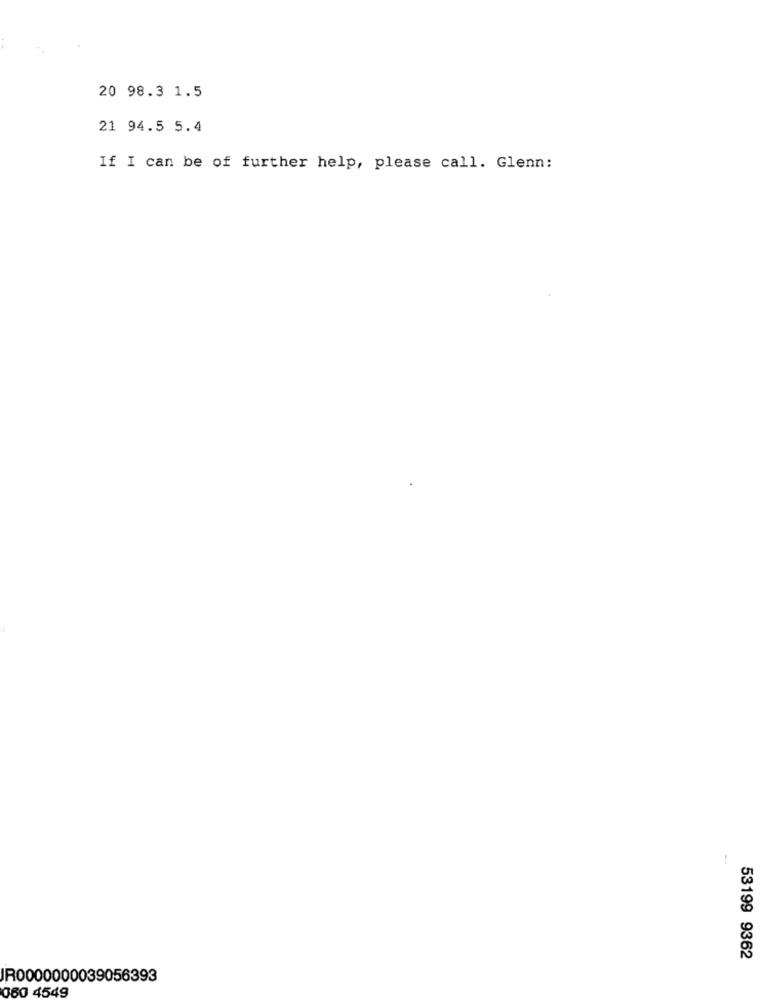
20 98.3 1.5
21 94.5 5.4
If I can be of further help, please call. Glenn:
-.
53199 9362
IR0000000039056393
060 4549